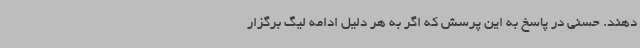
دهند. حسنی در پاسخ به این پرسش که اگر به هر دلیل ادامه لیگ برگزار